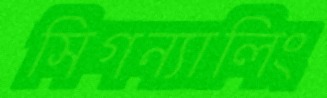
সিগন্যালিং